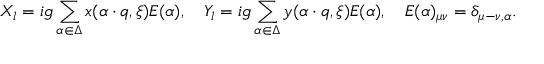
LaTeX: X _ { l } = i g \sum _ { \alpha \in \Delta } x ( \alpha \cdot q , \xi ) E ( \alpha ) , \quad Y _ { l } = i g \sum _ { \alpha \in \Delta } y ( \alpha \cdot q , \xi ) E ( \alpha ) , \quad E ( \alpha ) _ { \mu \nu } = \delta _ { \mu - \nu , \alpha } .